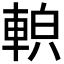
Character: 𨌓